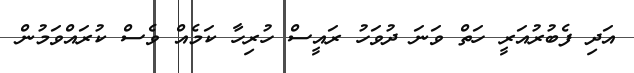
އަދި ފެބުރުއަރީ ހަތް ވަނަ ދުވަހު ރައީސް ހުރިހާ ކަމެއް ވެސް ކުރައްވަމުން